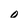
Character: o